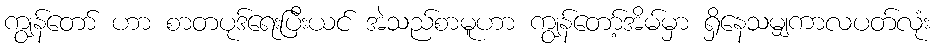
ကျွန်တော် ဟာ စာတပုဒ်ရေးပြီးယင် အဲသည်စာမူဟာ ကျွန်တော့်အိမ်မှာ ရှိနေသမျှကာလပတ်လုံး